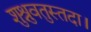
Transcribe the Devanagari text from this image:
शुश्रुवतुस्तदा।